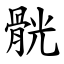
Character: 䯑